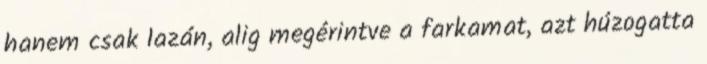
hanem csak lazán, alig megérintve a farkamat, azt húzogatta